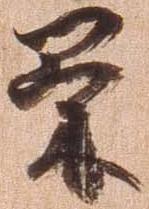
策